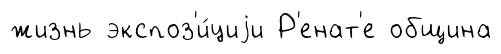
жизнь экспоз'и́циjи Р'енат'е община